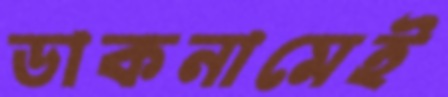
ডাকনামেই